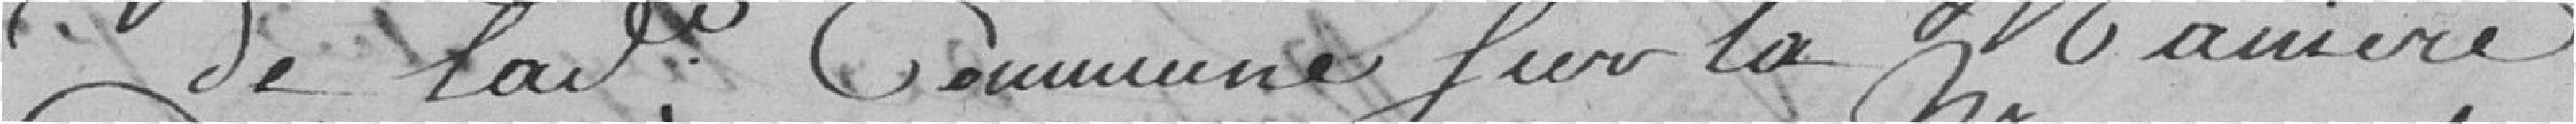
de ladite commune sur la manière